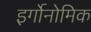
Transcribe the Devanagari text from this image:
इर्गोनोमिक